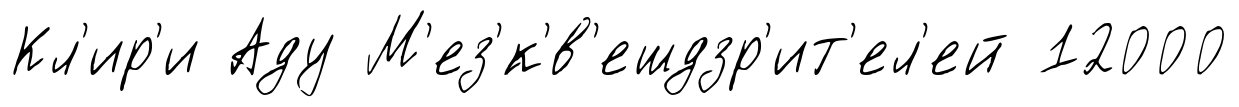
Кл'ир'и Аду М'ез'́к'в'ешдзр'ит'ел'ей 12000